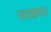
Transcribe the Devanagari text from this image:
नायकपद